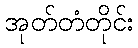
အုတ်တံတိုင်း